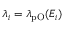
\lambda _ { i } = \lambda _ { \mathrm { p O } } ( E _ { i } )